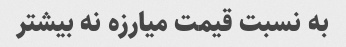
به نسبت قیمت میارزه نه بیشتر